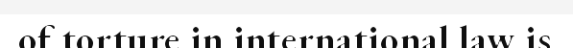
of torture in international law is